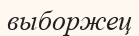
выборжец